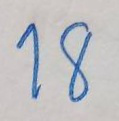
18